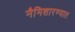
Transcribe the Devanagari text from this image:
नैमिशारण्यात